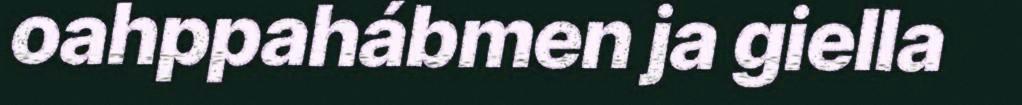
oahppahábmen ja giella